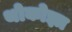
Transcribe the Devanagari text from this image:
थोकोझा